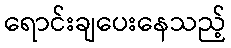
ရောင်းချပေးနေသည့်